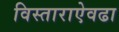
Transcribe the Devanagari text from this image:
विस्ताराऐवढा